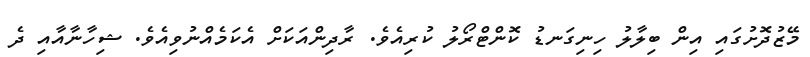
މޭޒުދޮށުގައި އިން ބިލާލު ހިނިގަނޑު ކޮންޓްރޯލު ކުރިއެވެ. ރާދިންއަކަށް އެކަމެއްނުވިއެވެ. ޝިހާނާއާއި ދެ